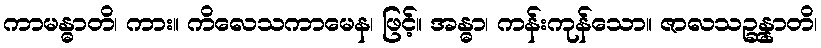
ကာမန္ဓာတိ၊ ကား။ ကိလေသကာမေန၊ ဖြင့်။ အန္ဓာ၊ ကန်းကုန်သော။ ဇာလသဉ္ဆန္နာတိ၊